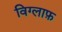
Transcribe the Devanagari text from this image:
विग्लाफ़